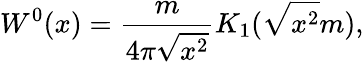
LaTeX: W^{0}(x)={\frac{m}{4\pi\sqrt{x^{2}}}}K_{1}(\sqrt{x^{2}}m),